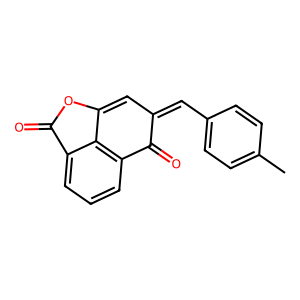
SMILES: Cc1ccc(C=C2C=C3OC(=O)c4cccc(c43)C2=O)cc1
Inhibits HIV replication: No